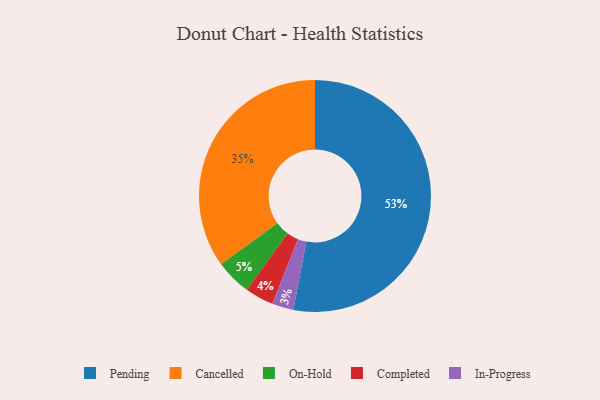
{"axis": {"x": "Category", "y": "Percentage"}, "legend": ["Cancelled", "Completed", "In-Progress", "On-Hold", "Pending"], "data": [{"x": "On-Hold", "y": 5, "type": "On-Hold"}, {"x": "In-Progress", "y": 3, "type": "In-Progress"}, {"x": "Completed", "y": 4, "type": "Completed"}, {"x": "Pending", "y": 53, "type": "Pending"}, {"x": "Cancelled", "y": 35, "type": "Cancelled"}]}